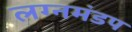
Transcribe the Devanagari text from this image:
लग्नमंडप